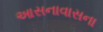
આસનાવાસના